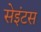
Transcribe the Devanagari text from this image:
सेइंटस